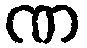
ဏ